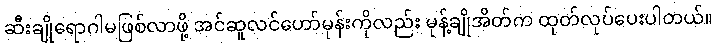
ဆီးချိုရောဂါမဖြစ်လာဖို့ အင်ဆူလင်ဟော်မုန်းကိုလည်း မုန့်ချိုအိတ်က ထုတ်လုပ်ပေးပါတယ်။